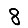
Digit: 8